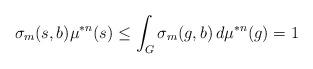
LaTeX: \begin{align*}\sigma_m(s,b) \mu^{*n}(s) \leq \int_G \sigma_m(g,b) \, d\mu^{*n}(g) = 1\end{align*}